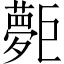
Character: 𡗐